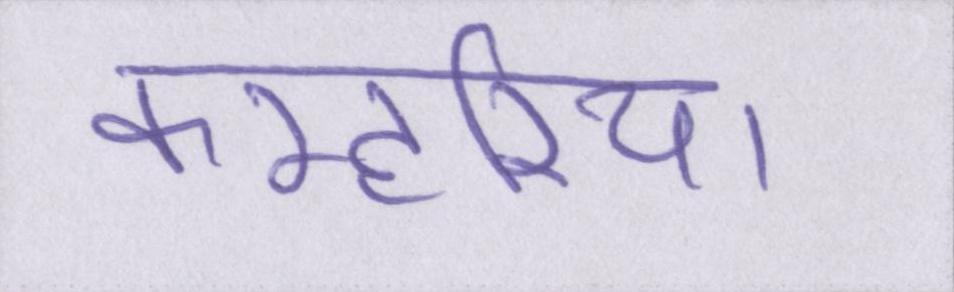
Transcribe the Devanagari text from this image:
कम्हरिया